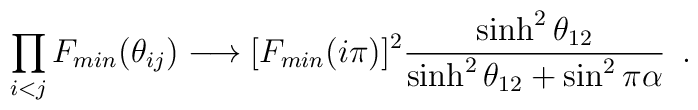
\prod_{i<j}F_{min}(\theta_{ij}) \longrightarrow [F_{min}(i\pi)]^2\frac{\sinh^2\theta_{12}}{\sinh^2\theta_{12} + \sin^2\pi\alpha}\,\,\,.